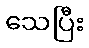
သေပြီး